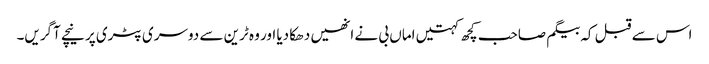
اس سے قبل کہ بیگم صاحب کچھ کہتیں اماں بی نے انھیں دھکا دیا اور وہ ٹرین سے دوسری پٹری پر نیچے آگریں۔